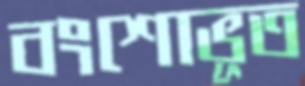
বংশোভূত